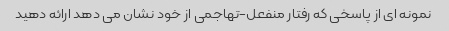
نمونه ای از پاسخی که رفتار منفعل-تهاجمی از خود نشان می دهد ارائه دهید